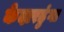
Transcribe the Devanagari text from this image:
केदारढुंगा